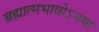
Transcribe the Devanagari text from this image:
ब्रह्मात्मभावोऽनया